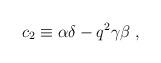
LaTeX: \begin{align*}c_{2} \equiv \alpha \delta - q^{2} \gamma \beta \;,\end{align*}